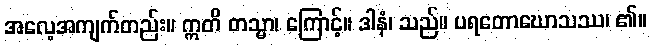
အလေ့အကျက်တည်း။ ဣတိ တသ္မာ၊ ကြောင့်။ ဒါနံ၊ သည်။ ပရတောဃောသဿ၊ ၏။